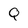
Character: Q